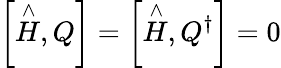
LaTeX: \left[\stackrel{\wedge}{H},Q\right]=\left[\stackrel{\wedge}{H},Q^{\dagger}\right]=0